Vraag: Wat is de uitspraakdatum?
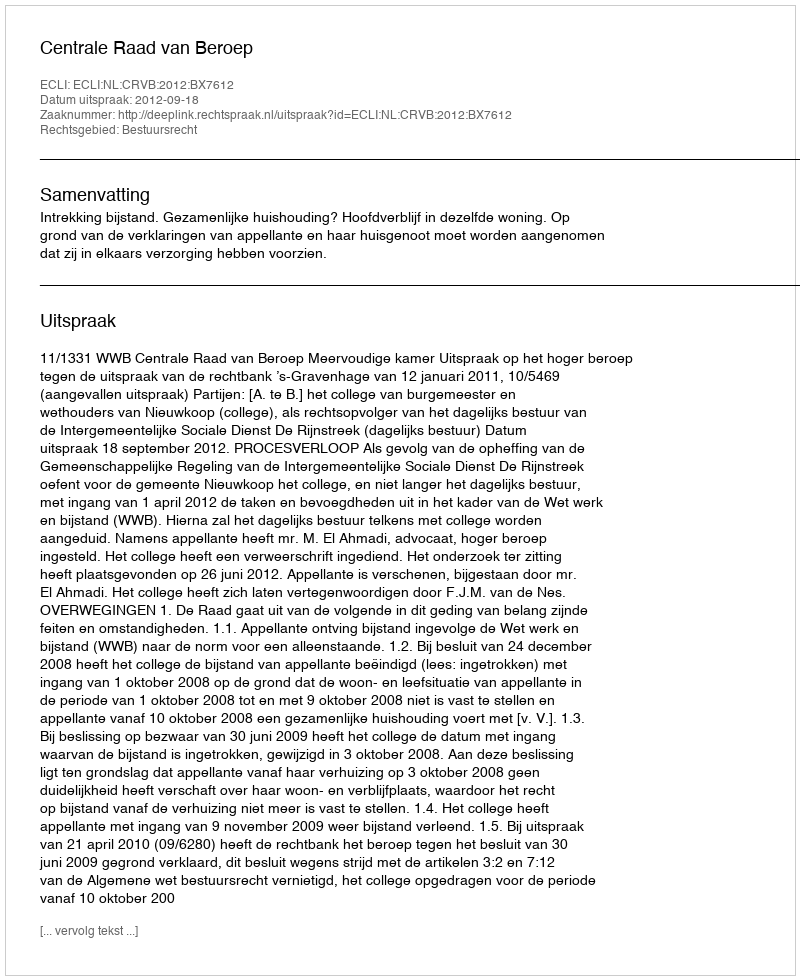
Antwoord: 2012-09-18